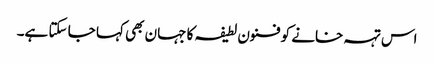
اس تہہ خانے کو فنون لطیفہ کا جہان بھی کہا جا سکتا ہے۔